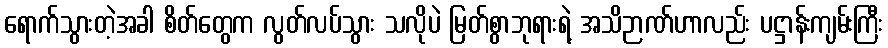
ရောက်သွားတဲ့အခါ စိတ်တွေက လွတ်လပ်သွား သလိုပဲ မြတ်စွာဘုရားရဲ့ အသိဉာဏ်ဟာလည်း ပဋ္ဌာန်းကျမ်းကြီး